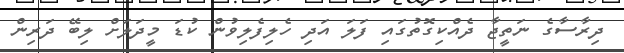
ދިރާސާގެ ނަތީޖާ ދެއްކިގޮތުގައި ފަލަ އަދި ހެލިފެލިވުން ކުޑަ މީދަލަށް ލިބޭ ދަރިން